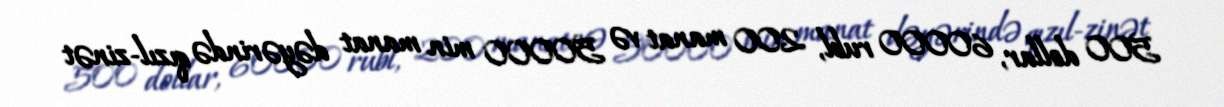
500 dollar, 60000 rubl, 200 manat və 50000 min manat dəyərində qızıl-zinət